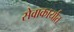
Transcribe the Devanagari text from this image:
सेवाकार्यात